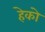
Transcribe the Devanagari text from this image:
हेको